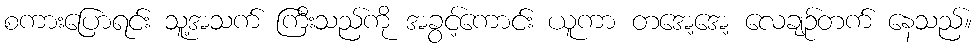
စကားပြောရင်း သူ့အသက် ကြီးသည်ကို အခွင့်ကောင်း ယူကာ တအေ့အေ့ လေချဉ်တက် နေသည်။